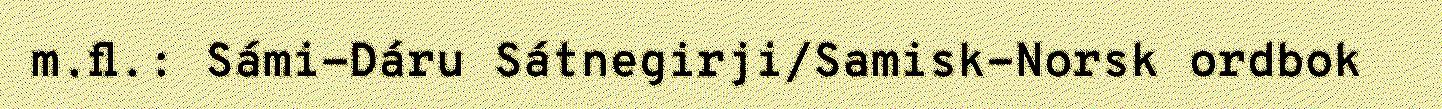
m.fl.: Sámi-Dáru Sátnegirji/Samisk-Norsk ordbok